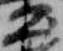
公